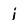
Character: j